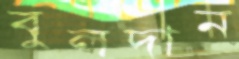
বুলদান